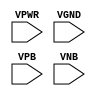
// This program was cloned from: https://github.com/efabless/caravel
// License: Apache License 2.0

module sky130_ef_sc_hd__decap_12(
    input VPWR,
    input VGND,
    input VPB,
    input VNB
  );

endmodule